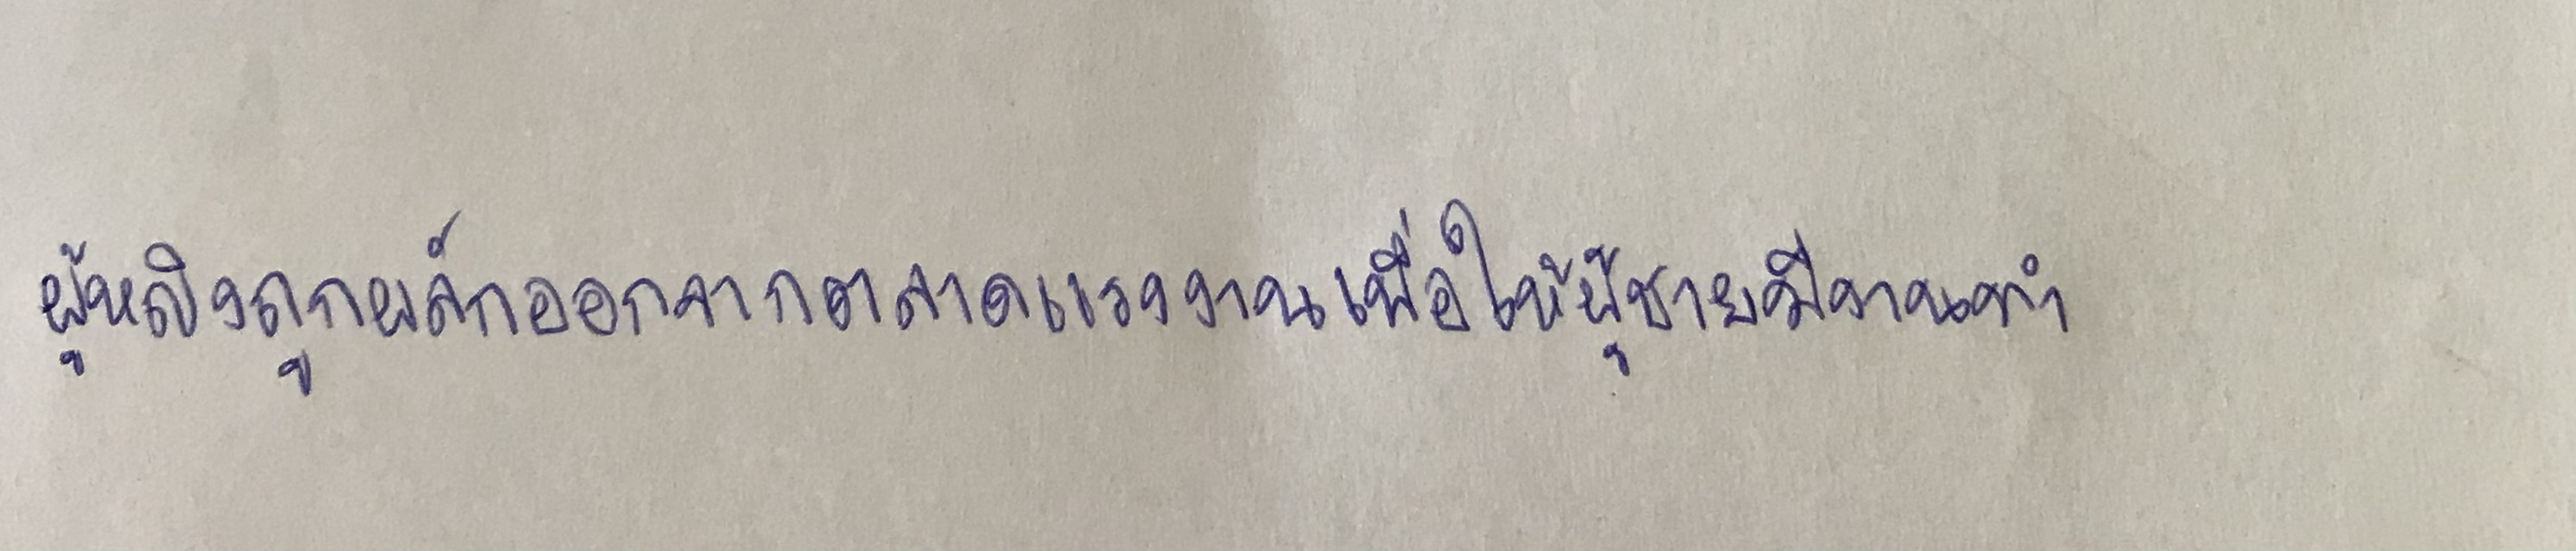
ผู้หญิงถูกผลักออกจากตลาดแรงงานเพื่อให้ผู้ชายมีงานทำ